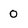
Character: 0